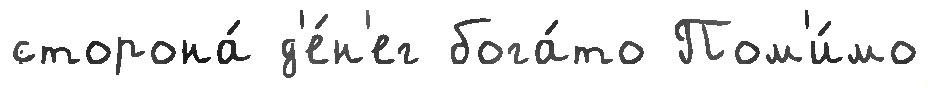
сторона́ д'е́н'ег бога́то Пом'и́мо